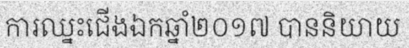
ការឈ្នះជើងឯកឆ្នាំ២០១៧ បាននិយាយ